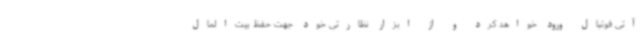
آتی فوتبال ورود خواهد کرد و از ابزار نظارتی خود جهت حفظ بیت‌المال